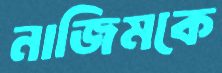
নাজিমকে